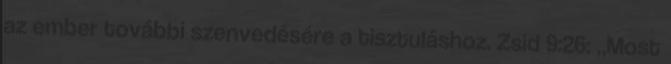
az ember további szenvedésére a tisztuláshoz. Zsid 9:26: „Most